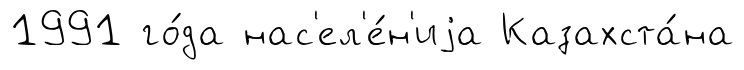
1991 го́да нас'ел'е́н'иjа Казахста́на